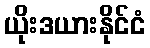
ယိုးဒယားနိုင်ငံ